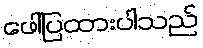
ဖေါ်ပြထားပါသည်